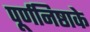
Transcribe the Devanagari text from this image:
पूर्णनिष्ठाके